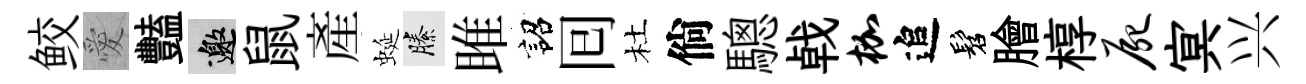
鲛愛豔邀鼠産蜒縢雎詔囘杜倘驄㦸枷追髫膾椁尸㝠兴